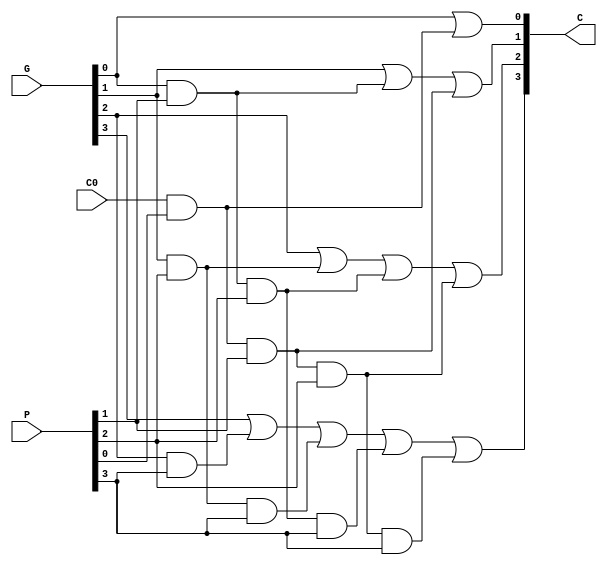
module Lab2_CLG_behavior(
                          output reg [4:1] C,
						  input [3:0] P,
						  input [3:0] G,
						  input C0
						  );
always@(*)begin
    C[1] = G[0] | (C0 & P[0]);
    C[2] = G[1] | (G[0] & P[1]) | (C0 & P[0] & P[1]);
    C[3] = G[2] | (G[1] & P[2]) | (G[0] & P[1] & P[2]) | (C0 & P[0] & P[1] & P[2]);
    C[4] = G[3] | (G[2] & P[3]) | (G[1] & P[2] & P[3]) | (G[0] & P[1] & P[2] & P[3]) | (C0 & P[0] & P[1] & P[2] & P[3]);
end

endmodule